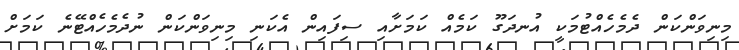
މިނިވަންކަން ދެމެހެއްޓުމަކީ އުނދަގޫ ކަމެއް ކަމަށާއި ސިފައިން އެކަނި މިނިވަންކަން ނުދެމެހެއްޓޭނެ ކަމަށް